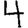
Digit: 4